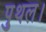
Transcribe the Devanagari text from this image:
पुथल।